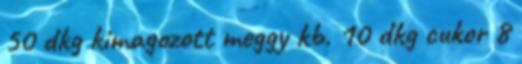
50 dkg kimagozott meggy kb. 10 dkg cukor 8